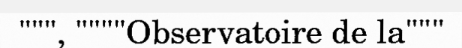
""", """"Observatoire de la"""